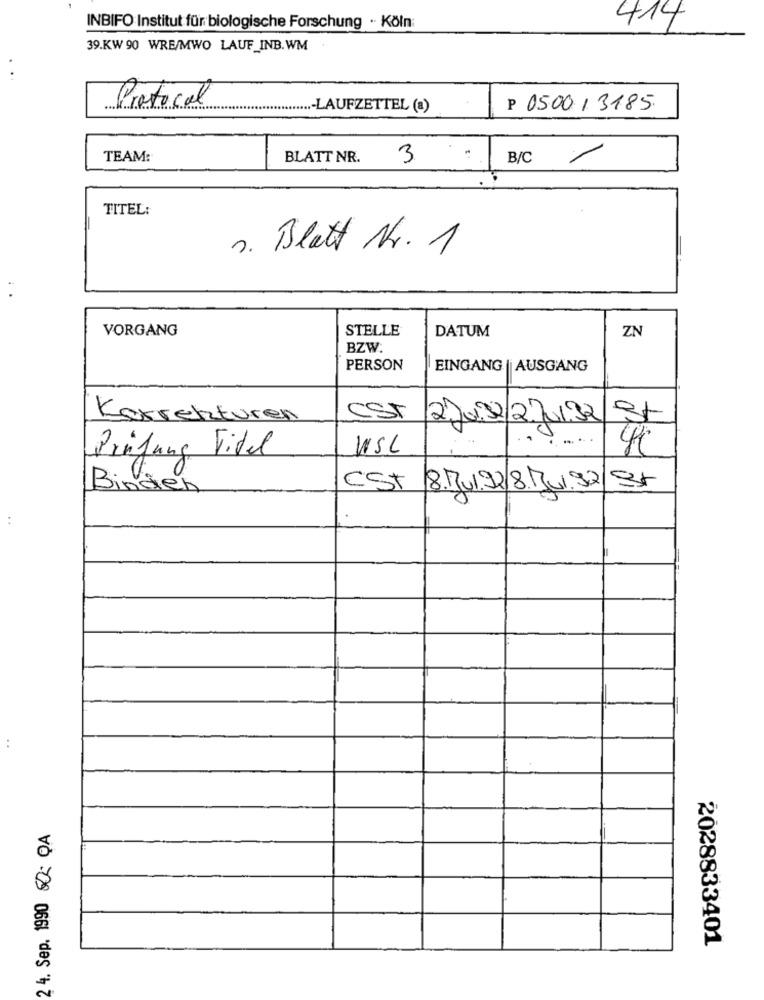
414
INBIFO Institut für biologische Forschung ·· Köln:
39.KW 90 WRE/MWO LAUF_INB.WM
Protocol
...- LAUFZETTEL (a)
P 0500/3185
TEAM:
BLATT NR.
3
B/C /
TITEL:
s. Blatt Nr. 1
VORGANG
STELLE
DATUM
ZN
BZW.
PERSON
EINGANG | AUSGANG
Korrekturen
cST
1st
2De 0/2Jur32
WSL
Prüfung Vitel
Binden
CST
8.Jul.92/8.Bursa/st
2 4. Sep. 1990 60- QA
2028833401